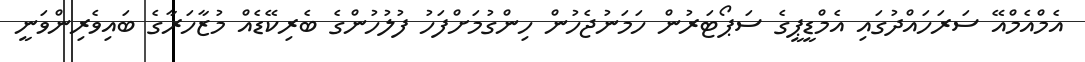
އެމްއެމްއޭ ސަރަހައްދުގައި އެމްޑީޕީގެ ސަޕޯޓަރުން ހަމަނުޖެހުން ހިންގުމަށްފަހު ފުލުހުންގެ ބެރިކޭޑެއް މުޒާހަރާގެ ބައިވެރިންވަނީ